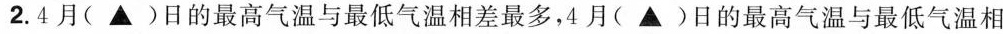
2.4月(▲)日的最高气温与最低气温相差最多，4月(▲)日的最高气温与最低气温相